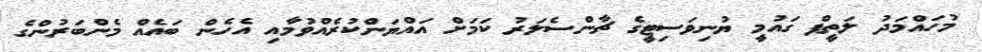
މުހައްމަދު ލަތީފް ގައުމީ ޔުނިވަސިޓީގެ ޗާންސެލަރު ކަމަށް އައްޔަންކުރެއްވުމާއި އެހެން ބައެއް މެންބަރުންގެ